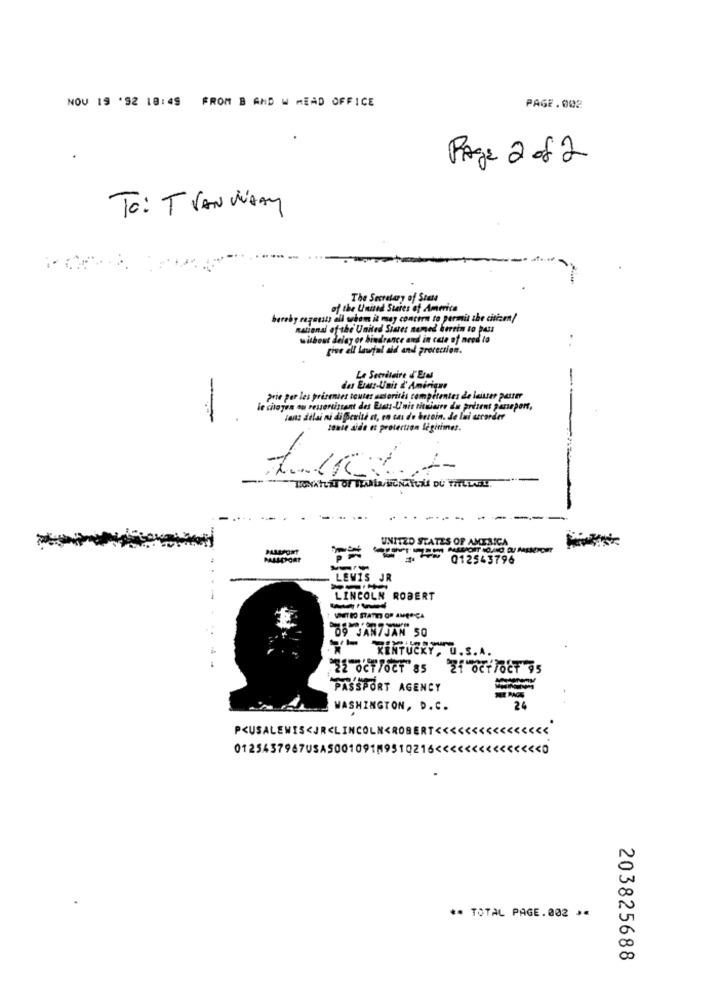
NOV 19 '92 18:49 FROM B AND W MEAD OFFICE
PAGE.002
Page 2 of 2
To: T VAN WANY
The Secretary of State
of the United States of America
beraby raguusty ail whom it may concern to permit the citizen/
national of the United States named bertin to pass
without delay or hindrance and in cate of need to
give all lawful aid and protection.
-
Le Secrétaire J'Etal
des Etats-Unit &' Amirique
prie per les présentes toutes autoritis competentes de laisser passer
le citoyen ou ressortissant des Etats-Unit titulaire du présent passeport,
sans délai ni di Berite et, en cas de besoin. Je lui accorder
tohle aide et protection légitimes.
---
UNITED STATES OF AMERICA
14- 012543796
LEWIS JR
LINCOLN ROBERT
09 JAN7JAN 50
RINTUCKY, U.S.A.
22 0CT/OCT 85 21 OCT/OCT 95
PASSPORT AGENCY
WASHINGTON, D.C.
24
P<USALEWIS<JR<LINCOLN<ROBERT <<<<<<<<<<<<<<<<
0125437967USAS001091M9510216 <<<<<<
** TOTAL PAGE.002 **
203825688